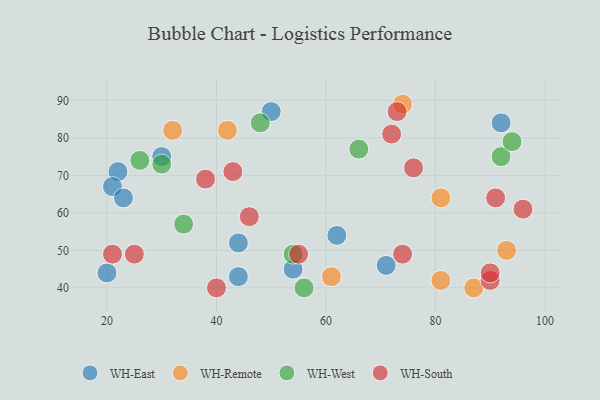
{"axis": {"x": "GDP", "y": "Life Expectancy"}, "legend": ["WH-East", "WH-Remote", "WH-South", "WH-West"], "data": [{"x": "22", "y": 71, "type": "WH-East"}, {"x": "44", "y": 43, "type": "WH-East"}, {"x": "54", "y": 45, "type": "WH-East"}, {"x": "92", "y": 84, "type": "WH-East"}, {"x": "50", "y": 87, "type": "WH-East"}, {"x": "21", "y": 67, "type": "WH-East"}, {"x": "71", "y": 46, "type": "WH-East"}, {"x": "62", "y": 54, "type": "WH-East"}, {"x": "23", "y": 64, "type": "WH-East"}, {"x": "30", "y": 75, "type": "WH-East"}, {"x": "20", "y": 44, "type": "WH-East"}, {"x": "44", "y": 52, "type": "WH-East"}, {"x": "42", "y": 82, "type": "WH-Remote"}, {"x": "81", "y": 42, "type": "WH-Remote"}, {"x": "81", "y": 64, "type": "WH-Remote"}, {"x": "32", "y": 82, "type": "WH-Remote"}, {"x": "87", "y": 40, "type": "WH-Remote"}, {"x": "93", "y": 50, "type": "WH-Remote"}, {"x": "61", "y": 43, "type": "WH-Remote"}, {"x": "74", "y": 89, "type": "WH-Remote"}, {"x": "26", "y": 74, "type": "WH-West"}, {"x": "92", "y": 75, "type": "WH-West"}, {"x": "56", "y": 40, "type": "WH-West"}, {"x": "34", "y": 57, "type": "WH-West"}, {"x": "54", "y": 49, "type": "WH-West"}, {"x": "66", "y": 77, "type": "WH-West"}, {"x": "30", "y": 73, "type": "WH-West"}, {"x": "48", "y": 84, "type": "WH-West"}, {"x": "94", "y": 79, "type": "WH-West"}, {"x": "72", "y": 81, "type": "WH-South"}, {"x": "25", "y": 49, "type": "WH-South"}, {"x": "40", "y": 40, "type": "WH-South"}, {"x": "90", "y": 42, "type": "WH-South"}, {"x": "43", "y": 71, "type": "WH-South"}, {"x": "55", "y": 49, "type": "WH-South"}, {"x": "91", "y": 64, "type": "WH-South"}, {"x": "96", "y": 61, "type": "WH-South"}, {"x": "46", "y": 59, "type": "WH-South"}, {"x": "38", "y": 69, "type": "WH-South"}, {"x": "90", "y": 44, "type": "WH-South"}, {"x": "74", "y": 49, "type": "WH-South"}, {"x": "76", "y": 72, "type": "WH-South"}, {"x": "21", "y": 49, "type": "WH-South"}, {"x": "73", "y": 87, "type": "WH-South"}]}